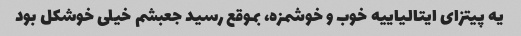
یه پیتزای ایتالیاییه خوب و خوشمزه، بموقع رسید جعبشم خیلی خوشکل بود